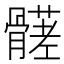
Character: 𩪒